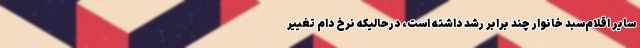
سایر اقلام‌سبد خانوار چند برابر رشد داشته است، درحالیکه نرخ دام تغییر